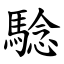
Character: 騐